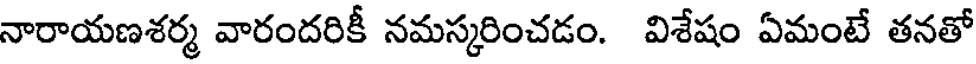
నారాయణశర్మ వారందరికీ నమస్కరించడం. విశేషం ఏమంటే తనతో